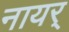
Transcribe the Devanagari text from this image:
नायर्